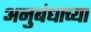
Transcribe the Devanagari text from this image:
अनुबंधाच्या